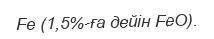
Fe (1,5%-ға дейін FeO).